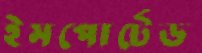
ইমপোর্টেড